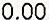
0.00